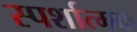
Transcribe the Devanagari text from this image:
स्पर्शात्मक